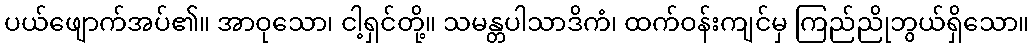
ပယ်ဖျောက်အပ်၏။ အာဝုသော၊ ငါ့ရှင်တို့။ သမန္တပါသာဒိကံ၊ ထက်ဝန်းကျင်မှ ကြည်ညိုဘွယ်ရှိသော။